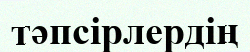
тәпсірлердің